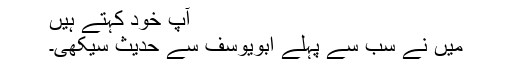
آپ خود کہتے ہیں
میں نے سب سے پہلے ابویوسف سے حدیث سیکھی۔